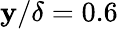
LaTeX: \mathbf{y}/\delta=0.6